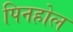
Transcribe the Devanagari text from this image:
पिनहोल